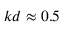
k d \approx 0 . 5